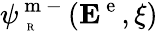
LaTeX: \psi_{\mathrm{~\tiny~R~}}^{\mathrm{~m~-~}}({\mathbf E}^{\mathrm{~e~}},\xi)